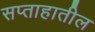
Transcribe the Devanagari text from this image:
सप्ताहातील